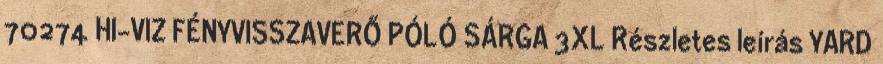
70274 HI-VIZ FÉNYVISSZAVERŐ PÓLÓ SÁRGA 3XL Részletes leírás YARD